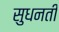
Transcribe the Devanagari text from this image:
सुधनती